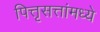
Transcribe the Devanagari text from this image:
पित्तृसत्तांमध्ये